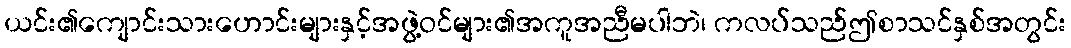
ယင်း၏ကျောင်းသားဟောင်းများနှင့်အဖွဲ့ဝင်များ၏အကူအညီမပါဘဲ၊ ကလပ်သည်ဤစာသင်နှစ်အတွင်း